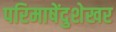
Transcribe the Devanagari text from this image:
परिमाषेंदुशेखर